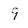
Character: 9